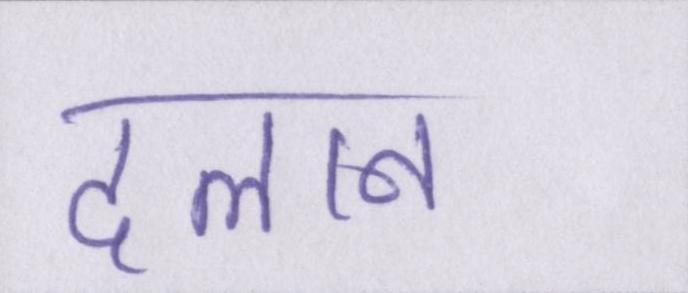
दलान